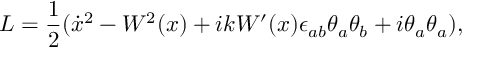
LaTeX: L = \frac { 1 } { 2 } ( \dot { x } { } ^ { 2 } - W ^ { 2 } ( x ) + i k W ^ { \prime } ( x ) \epsilon _ { a b } \theta _ { a } \theta _ { b } + i \theta _ { a } \theta _ { a } ) ,